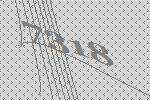
7318